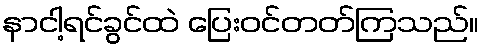
နာငါ့ရင်ခွင်ထဲ ပြေးဝင်တတ်ကြသည်။